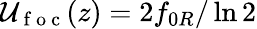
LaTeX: \mathcal{U}_{\mathrm{~f~o~c~}}(z)=2f_{0R}/\ln 2